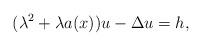
LaTeX: \begin{align*} (\lambda^2 + \lambda a(x)) u - \Delta u = h,\end{align*}